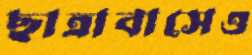
ছাত্রাবাসেও